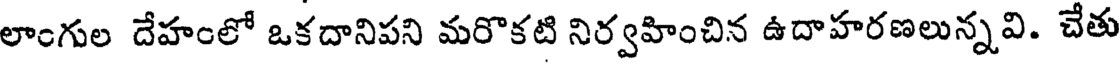
లాంగుల దేహంలో ఒకదానిపని మరొకటి నిర్వహించిన ఉదాహరణలున్నవి. చేతు